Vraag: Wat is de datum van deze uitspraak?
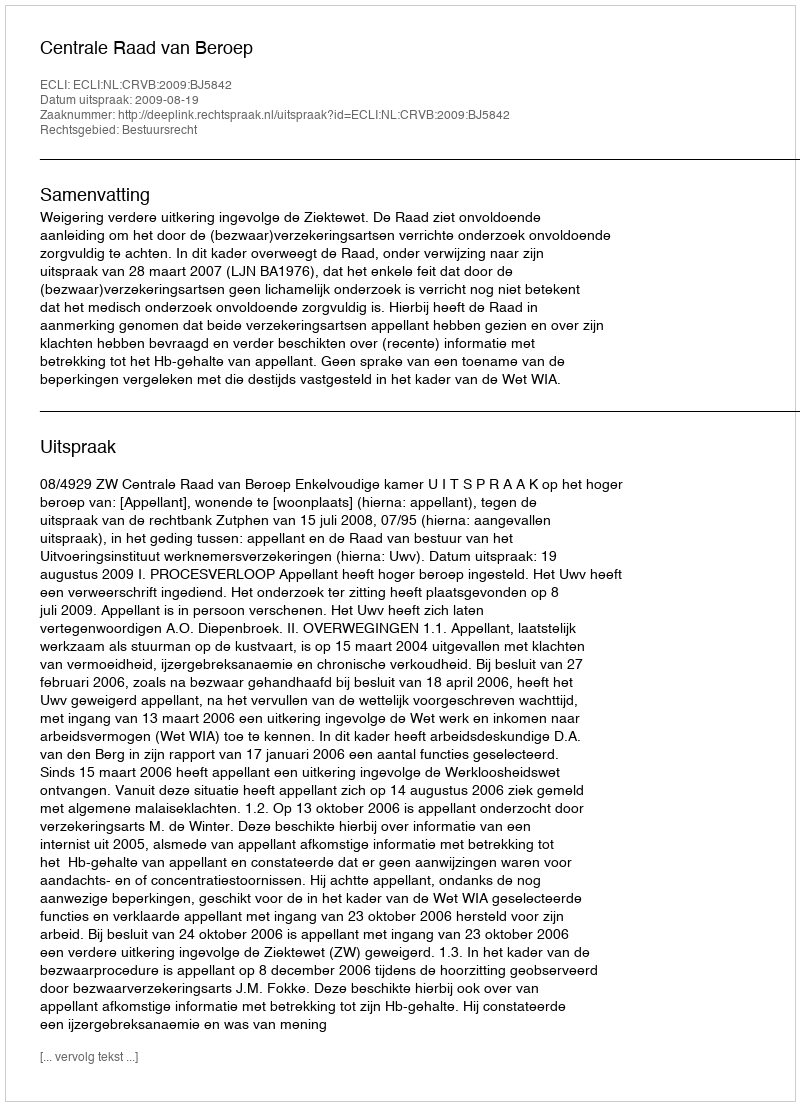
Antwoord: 2009-08-19